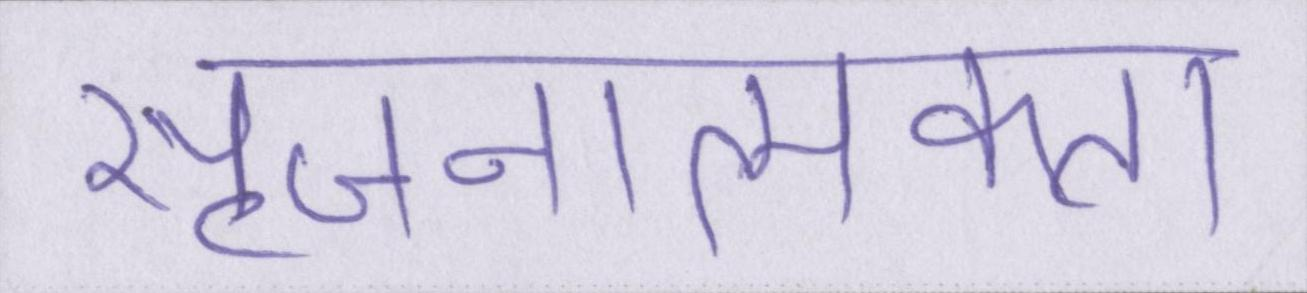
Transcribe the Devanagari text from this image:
सृजनात्मकता